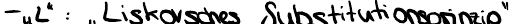
-"L" : "Liskovsches Substitutionsprinzip"